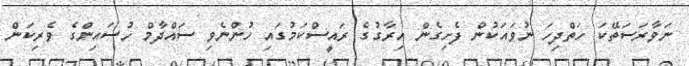
ނަވާރަސަތޭކަ ހަތްދިހަ ނުވައަކުން ފެށިގެން އިރާގުގެ ރައީސްކަމުގައި ހުންނެވި ސައްދާމް ހުސައިންގެ ވެރިކަން